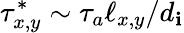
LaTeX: \tau_{x,y}^{*}\sim\tau_{a}\ell_{x,y}/d_{\mathbf{i}}